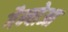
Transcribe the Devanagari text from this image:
गैम्बोआ